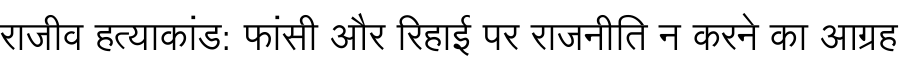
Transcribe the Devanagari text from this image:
राजीव हत्याकांड: फांसी और रिहाई पर राजनीति न करने का आग्रह